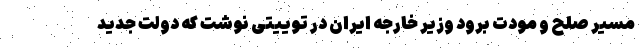
مسیر صلح و مودت برود وزیر خارجه ایران در توییتی نوشت که دولت جدید